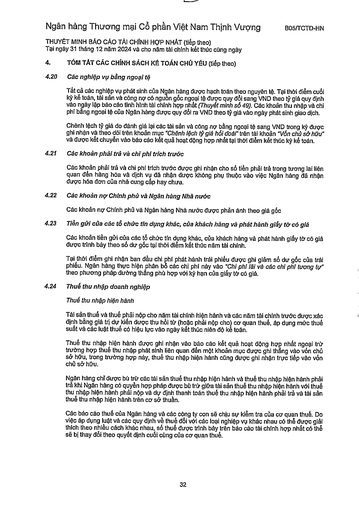
||(tiếp theo)| |---|---| |4.20|Các nghiệp vụ bằng ngoại tệ| ||Tất cả các nghiệp vụ phát sinh của Ngân hàng được hạch toán theo nguyên tệ. Tại thời điểm cuối kỳ kế toán, tài sản và công nợ có nguồn gốc ngoại tệ được quy đổi sang VND theo tỷ giá quy định vào ngày lập báo cáo tình hình tài chính hợp nhất (Thuyết minh số 49). Các khoản thu nhập và chi phí bằng ngoại tệ của Ngân hàng được quy đổi ra VND theo tỷ giá vào ngày phát sinh giao dịch.| ||Chênh lệch tỷ giá do đánh giá lại các tài sản và công nợ bằng ngoại tệ sang VND trong kỳ được ghi nhận và theo dõi trên khoản mục "Chênh lệch tỷ giá hối đoái" trên tài khoản "Vốn chủ sở hữu" và được kết chuyển vào báo cáo kết quả hoạt động hợp nhất tại thời điểm kết thúc kỳ kế toán.| |4.21|Các khoản phải trả và chi phí trích trước Các khoản phải trả và chi phí trích trước được ghi nhận cho số tiền phải trả trong tương lai liên quan đến hàng hóa và dịch vụ đã nhận được không phụ thuộc vào việc Ngân hàng đã nhận được hóa đơn của nhà cung cấp hay chưa.| |4.22|Các khoản nợ Chính phủ và Ngân hàng Nhà nước Các khoản nợ Chính phủ và Ngân hàng Nhà nước được phản ánh theo giá gốc| |4.23|Tiền gửi của các tổ chức tín dụng khác, của khách hàng và phát hành giấy tờ có giá Các khoản tiền gửi của các tổ chức tín dụng khác, của khách hàng và phát hành giấy tờ có giá được trình bày theo số dư gốc tại thời điểm kết thúc năm tài chính.| ||Tại thời điểm ghi nhận ban đầu chi phí phát hành trái phiếu được ghi giảm số dư gốc của trái phiếu. Ngân hàng thực hiện phân bổ các chi phí này vào "Chi phí lãi và các chi phí tương tự" theo phương pháp đường thẳng phù hợp với kỳ hạn của giấy tờ có giá.| |4.24|Thuế thu nhập doanh nghiệp Thuế thu nhập hiện hành| ||Tài sản thuế và thuế phải nộp cho năm tài chính hiện hành và các năm tài chính trước được xác định bằng giá trị dự kiến được thu hồi từ (hoặc phải nộp cho) cơ quan thuế, áp dụng mức thuế suất và các luật thuế có hiệu lực vào ngày kết thúc niên độ kế toán.| ||Thuế thu nhập hiện hành được ghi nhận vào báo cáo kết quả hoạt động hợp nhất ngoại trừ trường hợp thuế thu nhập phát sinh liên quan đến một khoản mục được ghi thẳng vào vốn chủ sở hữu, trong trường hợp này, thuế thu nhập hiện hành cũng được ghi nhận trực tiếp vào vốn chủ sở hữu.| ||Ngân hàng chỉ được bù trừ các tài sản thuế thu nhập hiện hành và thuế thu nhập hiện hành phải trả khi Ngân hàng có quyền hợp pháp được bù trừ giữa tài sản thuế thu nhập hiện hành với thuế thu nhập hiện hành phải nộp và dự định thanh toán thuế thu nhập hiện hành phải trả và tài sản thuế thu nhập hiện hành trên cơ sở thuần.| ||Các báo cáo thuế của Ngân hàng và các công ty con sẽ chịu sự kiểm tra của cơ quan thuế. Do việc áp dụng luật và các quy định về thuế đối với các loại nghiệp vụ khác nhau có thể được giải thích theo nhiều cách khác nhau, số thuế được trình bày trên báo cáo tài chính hợp nhất có thể sẽ bị thay đổi theo quyết định của thuế.|